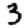
Digit: 3